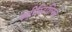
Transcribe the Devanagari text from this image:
इंटीस्र्टिशियल